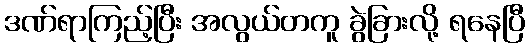
ဒဏ်ရာကြည့်ပြီး အလွယ်တကူ ခွဲခြားလို့ ရနေပြီ